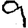
Digit: 9